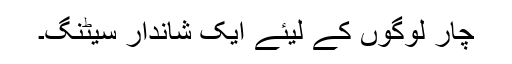
چار لوگوں کے لیئے ایک شاندار سیٹنگ۔